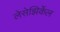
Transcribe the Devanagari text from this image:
लेसेझिर्केल